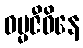
ဓမ္မဇီဝိနေ